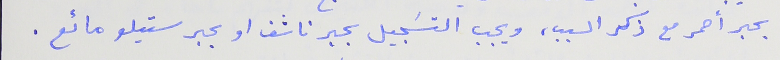
بحبر أحمر مع ذكر السبب، ويجب التسَجيل بحبر ناشف او بحبر ستيلو مائع .